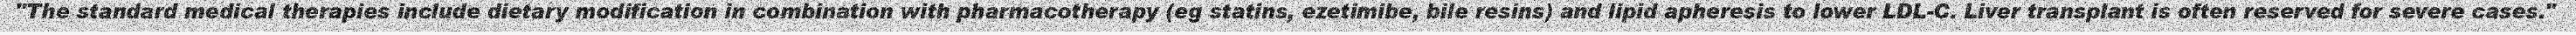
"The standard medical therapies include dietary modification in combination with pharmacotherapy (eg statins, ezetimibe, bile resins) and lipid apheresis to lower LDL-C. Liver transplant is often reserved for severe cases."